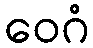
ဝေဂံ